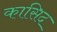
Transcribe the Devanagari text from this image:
कासिद